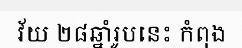
វ័យ ២៨ឆ្នាំរូបនេះ កំពុង